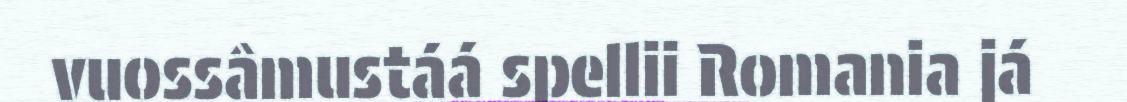
vuossâmustáá spellii Romania já